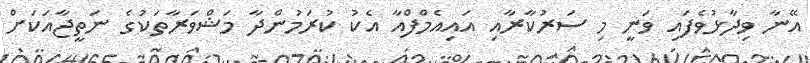
އޭނާ ވިދާޅުވެފައި ވަނީ މި ސަރުކާރާއި އައިއެމްފްއާ އެކު ކުރަމުންދާ މަޝްވަރާތަކުގެ ނަތީޖާއަކަށް